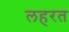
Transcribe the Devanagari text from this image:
लहरत